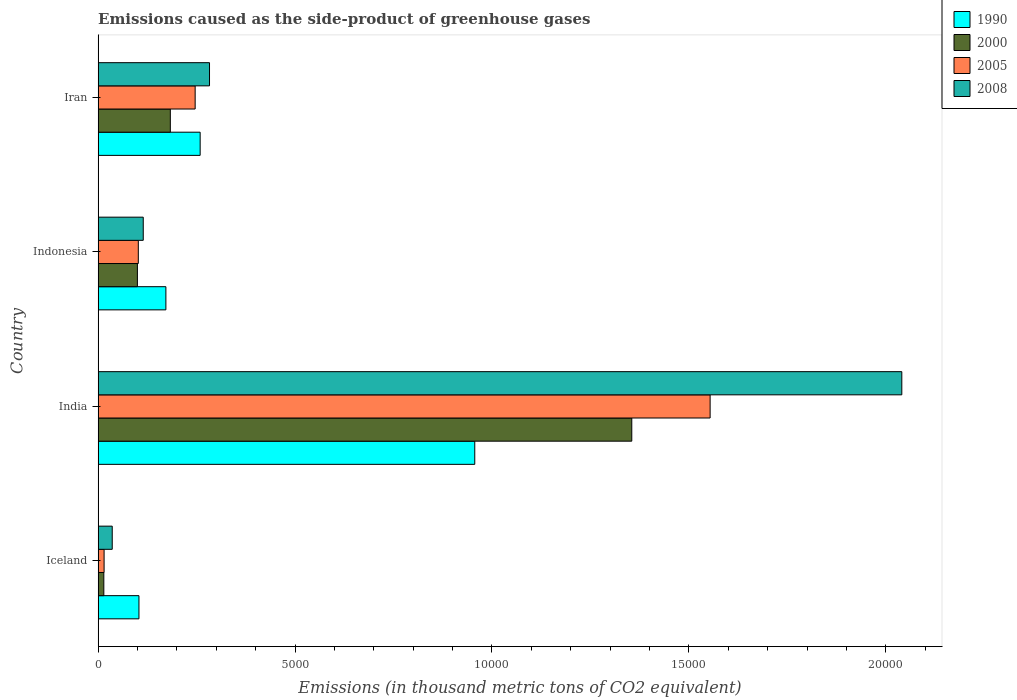
| Country | 1990 | 2000 | 2005 | 2008 |
 | --- | --- | --- | --- | --- |
 | Iceland | 1.04e+03 | 145 | 152 | 358 |
 | India | 9.56e+03 | 1.36e+04 | 1.55e+04 | 2.04e+04 |
 | Indonesia | 1.72e+03 | 997 | 1.02e+03 | 1.15e+03 |
 | Iran | 2.59e+03 | 1.83e+03 | 2.46e+03 | 2.83e+03 |